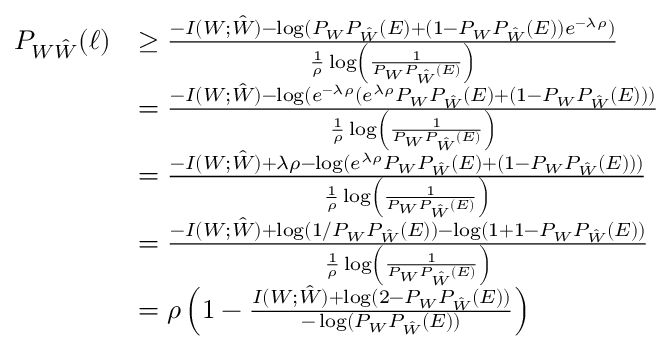
\begin{array} { r l } { P _ { W \hat { W } } ( \ell ) } & { \geq \frac { - I ( W ; \hat { W } ) - \log ( P _ { W } P _ { \hat { W } } ( E ) + ( 1 - P _ { W } P _ { \hat { W } } ( E ) ) e ^ { - \lambda \rho } ) } { \frac 1 \rho \log \left( \frac { 1 } { P _ { W } P _ { \hat { W } } ( E ) } \right) } } \\ & { = \frac { - I ( W ; \hat { W } ) - \log ( e ^ { - \lambda \rho } ( e ^ { \lambda \rho } P _ { W } P _ { \hat { W } } ( E ) + ( 1 - P _ { W } P _ { \hat { W } } ( E ) ) ) } { \frac 1 \rho \log \left( \frac { 1 } { P _ { W } P _ { \hat { W } } ( E ) } \right) } } \\ & { = \frac { - I ( W ; \hat { W } ) + \lambda \rho - \log ( e ^ { \lambda \rho } P _ { W } P _ { \hat { W } } ( E ) + ( 1 - P _ { W } P _ { \hat { W } } ( E ) ) ) } { \frac 1 \rho \log \left( \frac { 1 } { P _ { W } P _ { \hat { W } } ( E ) } \right) } } \\ & { = \frac { - I ( W ; \hat { W } ) + \log ( 1 / P _ { W } P _ { \hat { W } } ( E ) ) - \log ( 1 + 1 - P _ { W } P _ { \hat { W } } ( E ) ) } { \frac 1 \rho \log \left( \frac { 1 } { P _ { W } P _ { \hat { W } } ( E ) } \right) } } \\ & { = \rho \left( 1 - \frac { I ( W ; \hat { W } ) + \log ( 2 - P _ { W } P _ { \hat { W } } ( E ) ) } { - \log ( P _ { W } P _ { \hat { W } } ( E ) ) } \right) } \end{array}